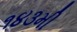
૧૪૩મી